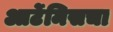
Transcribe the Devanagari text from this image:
आर्टेमिसचा